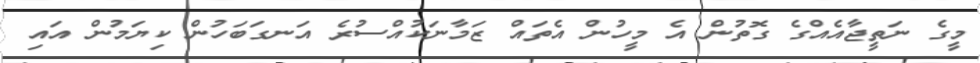
މީގެ ނަތީޖާއެއްގެ ގޮތުން އެ މީހުން އެތައް ޒަމާނަކުއްސުރެ އަނގަބަހުން ކިޔަމުން އައި